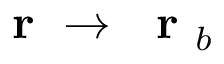
\mathrm { ~ \bf ~ r ~ } \to \mathrm { ~ \bf ~ r ~ } _ { b }